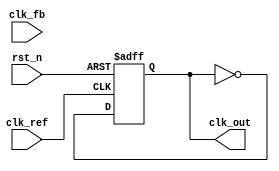
module cp_pll (
    input wire clk_ref,         // Reference clock input
    input wire clk_fb,          // Feedback clock input from VCO
    input wire rst_n,           // Active low reset
    output wire clk_out         // Output clock from VCO
);

// Parameters for the PLL
parameter integer PFD_DELAY = 1; // PFD delay in clock cycles
parameter integer CHARGE_PUMP_CURRENT = 1; // Charge pump current level
parameter integer VCO_MAX_FREQ = 100; // Max frequency for VCO

// Internal signals
reg [1:0] phase_err;            // Phase error signals
reg charge_up;                  // Charge pump UP signal
reg charge_down;                // Charge pump DOWN signal
reg [7:0] control_voltage;       // Control voltage for VCO
reg clk_vco;                    // VCO output clock
reg [7:0] vco_freq;             // VCO frequency control

// Phase Frequency Detector (PFD)
always @(posedge clk_ref or negedge rst_n) begin
    if (!rst_n) begin
        phase_err <= 2'b00;
    end else begin
        if (clk_ref && !clk_fb) begin
            phase_err <= 2'b01; // UP signal
        end else if (!clk_ref && clk_fb) begin
            phase_err <= 2'b10; // DOWN signal
        end else begin
            phase_err <= 2'b00; // No change
        end
    end
end

// Charge Pump
always @(posedge clk_ref or negedge rst_n) begin
    if (!rst_n) begin
        charge_up <= 1'b0;
        charge_down <= 1'b0;
    end else begin
        case (phase_err)
            2'b01: charge_up <= 1'b1; // Charge
            2'b10: charge_down <= 1'b1; // Discharge
            default: begin
                charge_up <= 1'b0;
                charge_down <= 1'b0;
            end
        endcase
    end
end

// Control Voltage Generation
always @(posedge clk_ref or negedge rst_n) begin
    if (!rst_n) begin
        control_voltage <= 8'b00000000;
    end else begin
        if (charge_up) begin
            control_voltage <= control_voltage + CHARGE_PUMP_CURRENT;
        end else if (charge_down) begin
            control_voltage <= control_voltage - CHARGE_PUMP_CURRENT;
        end
    end
end

// Voltage-Controlled Oscillator (VCO)
always @(posedge clk_ref or negedge rst_n) begin
    if (!rst_n) begin
        clk_vco <= 1'b0;
        vco_freq <= 8'b00000000; // Start frequency
    end else begin
        // Adjust frequency based on control voltage
        vco_freq <= control_voltage > VCO_MAX_FREQ ? VCO_MAX_FREQ : control_voltage;
        // Generate VCO output clock based on vco_freq
        clk_vco <= ~clk_vco; // Simple toggle for demonstration
    end
end

// Output clock assignment
assign clk_out = clk_vco;

endmodule